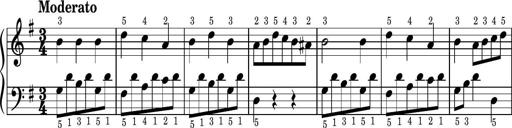
Title: Easy Progressive Lessons and 4 Sonatinas
Composer: Thomas Attwood